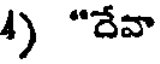
4) "దేవా